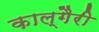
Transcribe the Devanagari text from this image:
काल्गैरी